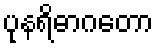
ပုနရိဓာဂတော